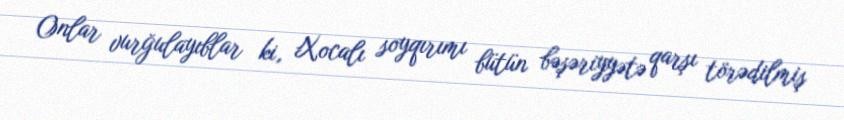
Onlar vurğulayıblar ki, Xocalı soyqırımı bütün bəşəriyyətə qarşı törədilmiş